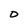
Character: D